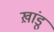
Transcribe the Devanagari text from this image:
ख़ांडू